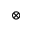
\otimes